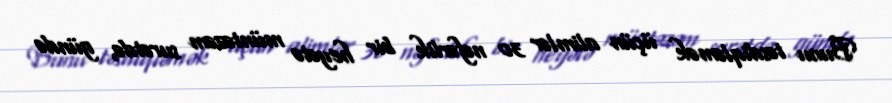
Bunu təsdiqləmək üçün alimlər 30 nəfərlik bir heyətə müntəzəm surətdə, gündə